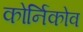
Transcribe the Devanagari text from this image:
कोर्निकोव